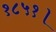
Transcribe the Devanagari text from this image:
१८५१।